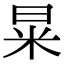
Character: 㫧